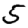
Digit: 5